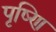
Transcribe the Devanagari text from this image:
पृष्णि